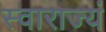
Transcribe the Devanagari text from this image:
स्वाराज्यं